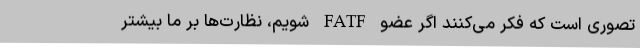
تصوری است که فکر می‌کنند اگر عضو FATF شویم، نظارت‌ها بر ما بیشتر